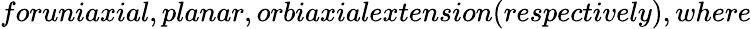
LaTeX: foruniaxial,planar,orbiaxialextension(respectively),where